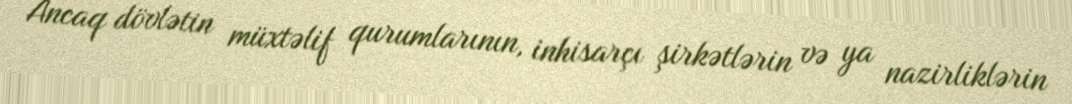
Ancaq dövlətin müxtəlif qurumlarının, inhisarçı şirkətlərin və ya nazirliklərin